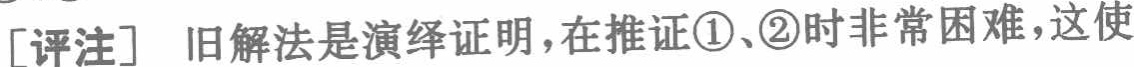
[评注] 旧解法是演绎证明，在推证\textcircled{1}、\textcircled{2}时非常困难，这使